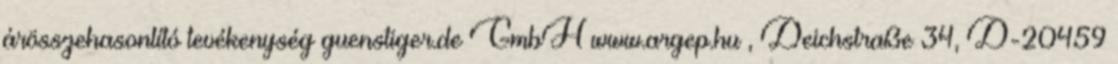
árösszehasonlító tevékenység guenstiger.de GmbH www.argep.hu , Deichstraße 34, D-20459